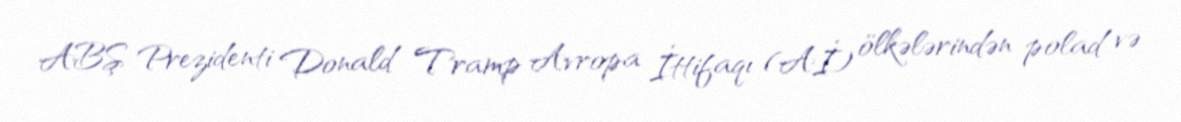
ABŞ Prezidenti Donald Tramp Avropa İttifaqı (Aİ) ölkələrindən polad və